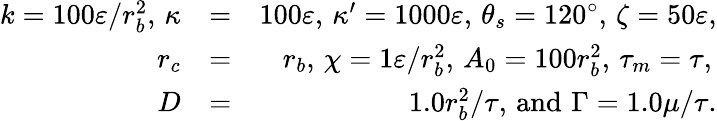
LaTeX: \begin{array}{rlr}{k=100\varepsilon/r_{b}^{2},\, \kappa}&{=}&{100\varepsilon,\, \kappa^{\prime}=1000\varepsilon,\, \theta_{s}=120^{\circ},\, \zeta=50\varepsilon,}\\ {r_{c}}&{=}&{r_{b},\, \chi=1\varepsilon/r_{b}^{2},\, A_{0}=100r_{b}^{2},\, \tau_{m}=\tau,\, }\\ {D}&{=}&{1.0r_{b}^{2}/\tau,\, \mathrm{and}\, \, \Gamma=1.0{\mu}/\tau.}\end{array}